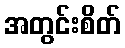
အတွင်းစိတ်